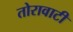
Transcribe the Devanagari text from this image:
तोरावाटी